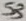
Text: S3